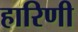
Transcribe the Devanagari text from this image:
हारिणी